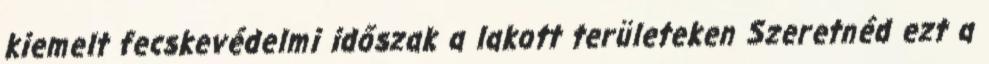
kiemelt fecskevédelmi időszak a lakott területeken Szeretnéd ezt a